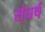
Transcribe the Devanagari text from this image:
स्ंघर्ष